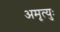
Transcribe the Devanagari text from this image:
अमृत्युः